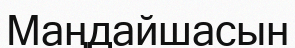
Маңдайшасын